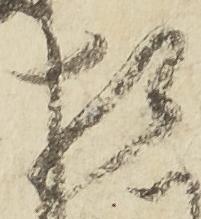
相